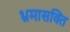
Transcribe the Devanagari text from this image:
भ्रमासक्‍ति